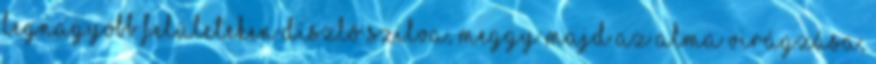
legnagyobb felületeken díszlõ szilva, meggy majd az alma virágzása,